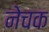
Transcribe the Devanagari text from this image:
नेचक